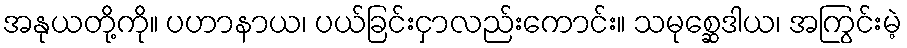
အနုယတို့ကို။ ပဟာနာယ၊ ပယ်ခြင်းငှာလည်းကောင်း။ သမုစ္ဆေဒါယ၊ အကြွင်းမဲ့